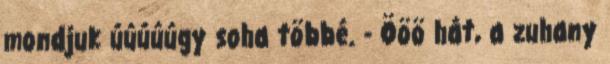
mondjuk úúúúúgy soha többé. - Ööö hát, a zuhany